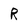
Character: R